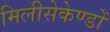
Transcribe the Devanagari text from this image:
मिलीसेकेण्डों